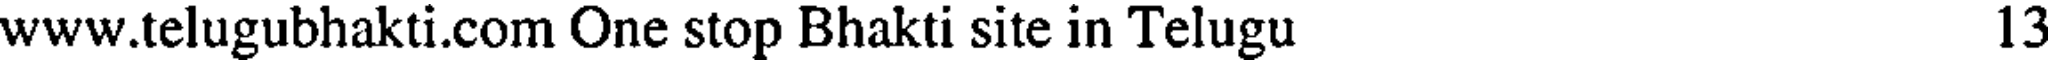
www.telugubhakti.com One stop Bhakti site in Telugu 13